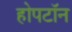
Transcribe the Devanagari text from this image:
होपटॉन